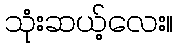
သုံးဆယ့်လေး။